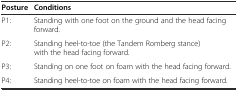
<table><thead><tr><td><b>Posture</b></td><td><b>Conditions</b></td></tr></thead><tbody><tr><td>P1:</td><td>Standing with one foot on the ground and the head facing forward.</td></tr><tr><td>P2:</td><td>Standing heel-to-toe (the Tandem Romberg stance) with the head facing forward.</td></tr><tr><td>P3:</td><td>Standing on one foot on foam with the head facing forward.</td></tr><tr><td>P4:</td><td>Standing heel-to-toe on foam with the head facing forward.</td></tr></tbody></table>